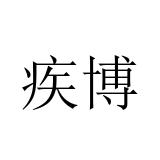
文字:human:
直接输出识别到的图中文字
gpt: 疾博